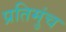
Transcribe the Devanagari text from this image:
प्रतिमुंच